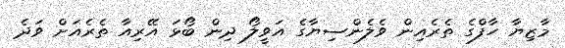
މާޒިޔާ ހާފްގެ ތެރެއިން ވެެލެންސިޔާގެ އަވީލޯ ދިން ބޯޅަ އޭރިއާ ތެރެއަށް ވަދެ